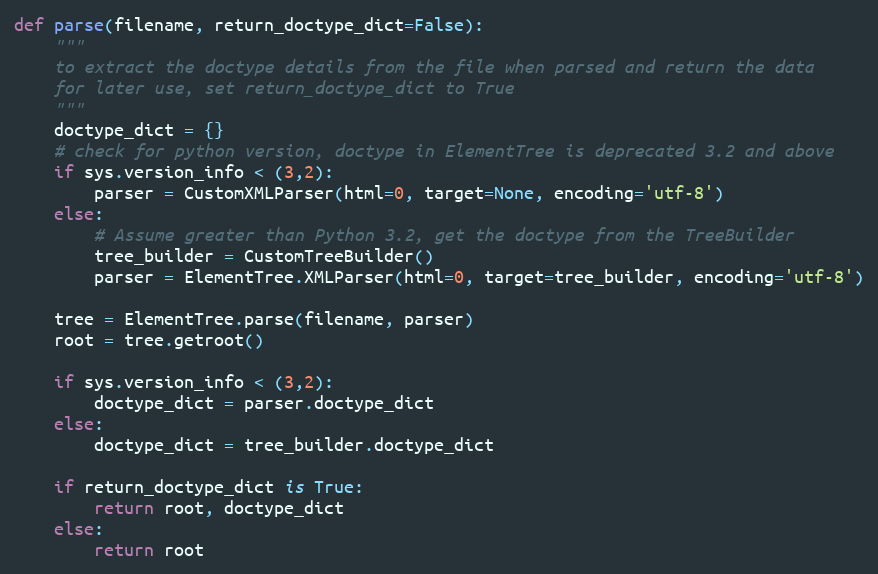
Language: Python
def parse(filename, return_doctype_dict=False):
    """
    to extract the doctype details from the file when parsed and return the data
    for later use, set return_doctype_dict to True
    """
    doctype_dict = {}
    # check for python version, doctype in ElementTree is deprecated 3.2 and above
    if sys.version_info < (3,2):
        parser = CustomXMLParser(html=0, target=None, encoding='utf-8')
    else:
        # Assume greater than Python 3.2, get the doctype from the TreeBuilder
        tree_builder = CustomTreeBuilder()
        parser = ElementTree.XMLParser(html=0, target=tree_builder, encoding='utf-8')

    tree = ElementTree.parse(filename, parser)
    root = tree.getroot()

    if sys.version_info < (3,2):
        doctype_dict = parser.doctype_dict
    else:
        doctype_dict = tree_builder.doctype_dict

    if return_doctype_dict is True:
        return root, doctype_dict
    else:
        return root